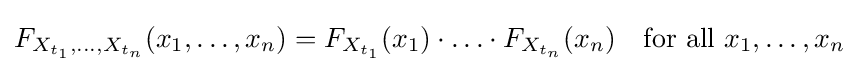
F_{X_{t_{1}},\ldots ,X_{t_{n}}}(x_{1},\ldots ,x_{n})=F_{X_{t_{1}}}(x_{1})\cdot \ldots \cdot F_{X_{t_{n}}}(x_{n})\quad {\text{for all }}x_{1},\ldots ,x_{n}